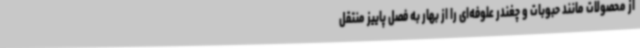
از محصولات مانند حبوبات و چغندر علوفه‌ای را از بهار به فصل پاییز منتقل